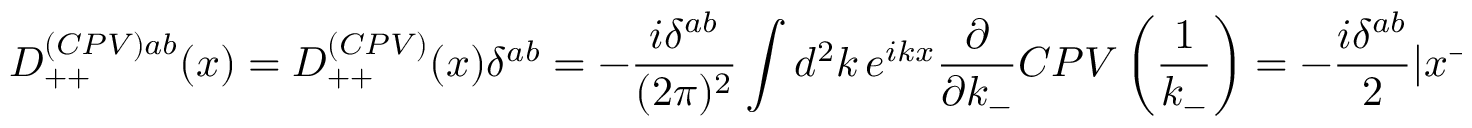
D _ { + + } ^ { ( C P V ) a b } ( x ) = D _ { + + } ^ { ( C P V ) } ( x ) \delta ^ { a b } = - { \frac { i \delta ^ { a b } } { ( 2 \pi ) ^ { 2 } } } \int d ^ { 2 } k \, e ^ { i k x } { \frac { \partial } { \partial k _ { - } } } C P V \left( { \frac { 1 } { k _ { - } } } \right) = - { \frac { i \delta ^ { a b } } { 2 } } | x ^ { - } | \delta ( x ^ { + } ) \ ,